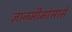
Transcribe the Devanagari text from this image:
ज्ञानमीमांसासे